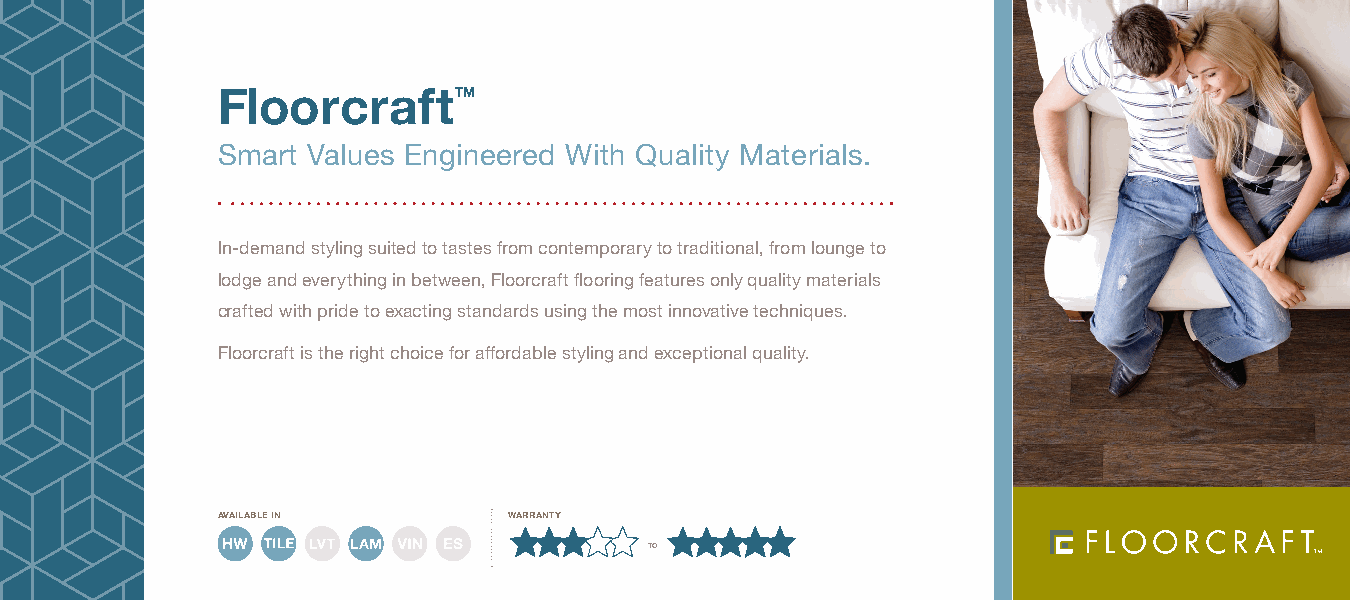
Floorcraft      ™
 Smart Values Engineered With Quality Materials.
 In-demand styling suited to tastes from contemporary to traditional, from lounge to
 lodge and everything in between, Floorcraft flooring features only quality materials
 crafted with pride to exacting standards using the most innovative techniques.
 Floorcraft is the right choice for affordable styling and exceptional quality.
 available in        warranty
 to